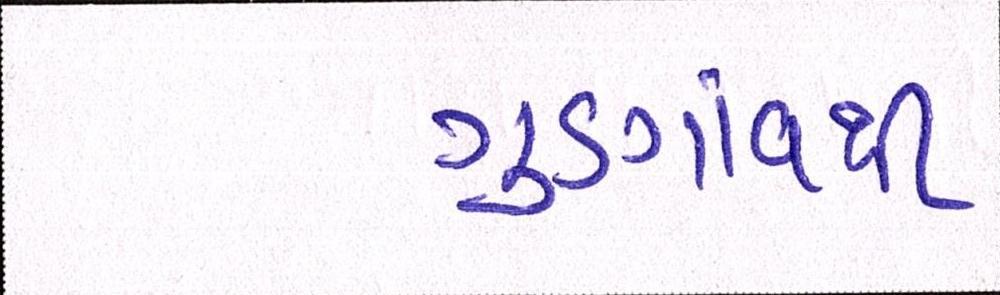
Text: ગુડગાંવથી